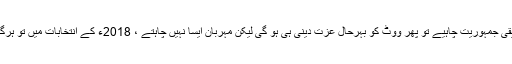
اگر حقیقی جمہوریت چاہیے تو پھر ووٹ کو بہرحال عزت دینی ہی ہو گی لیکن مہربان ایسا نہیں چاہتے ، 2018ء کے انتخابات میں تو ہرگز نہیں۔